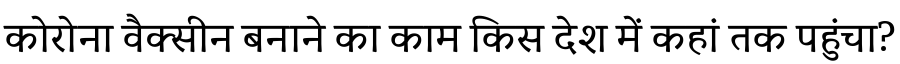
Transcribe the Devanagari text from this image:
कोरोना वैक्सीन बनाने का काम किस देश में कहां तक पहुंचा?